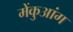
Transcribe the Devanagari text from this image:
मेंकुआंग